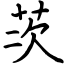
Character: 茨